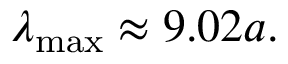
\lambda _ { \mathrm { m a x } } \approx 9 . 0 2 a .